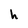
Character: h